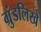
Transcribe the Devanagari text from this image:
ग्रुंडलिखे